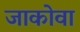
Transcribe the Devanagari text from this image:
जाकोवा